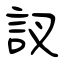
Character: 訍